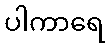
ပါကာရေ